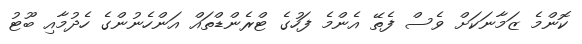
ކޮންމެ ޒަމާނަކަށް ވެސް ފެތޭ އެންމެ ފަހުގެ ޓްރެންޑްތައް އަންހެނުންގެ ހެދުމާއި ބޫޓު